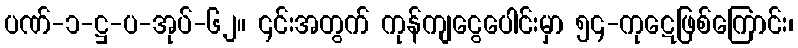
ပဏ်-၁-ဋ္ဌ-ပ-အုပ်-၆၂။ ၎င်းအတွက် ကုန်ကျငွေပေါင်းမှာ ၅၄-ကုဋေဖြစ်ကြောင်း၊